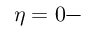
\eta = 0 -